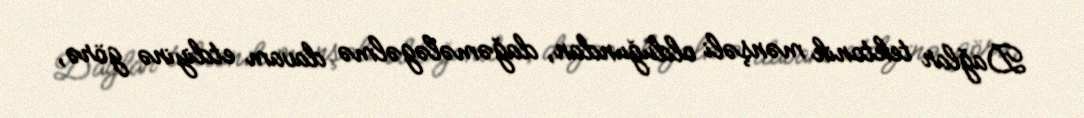
Dağlar tektonik mənşəli olduğundan, dağəmələgəlmə davam etdiyinə görə,